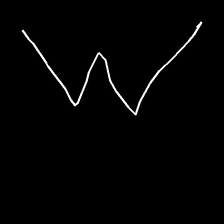
Glyph: crush